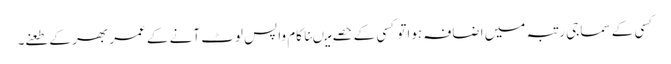
کسی کے سماجی رتبہ میں اضافہ ہواتو کسی کے حصے میںناکام واپس لوٹ آنے کے عمر بھر کے طعنے۔